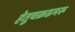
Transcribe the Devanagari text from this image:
हेतुचक्रडमरू